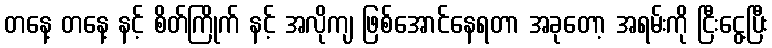
တနေ့ တနေ့ နင့် စိတ်ကြိုက် နင့် အလိုကျ ဖြစ်အောင်နေရတာ အခုတော့ အရမ်းကို ငြီးငွေ့ပြီး